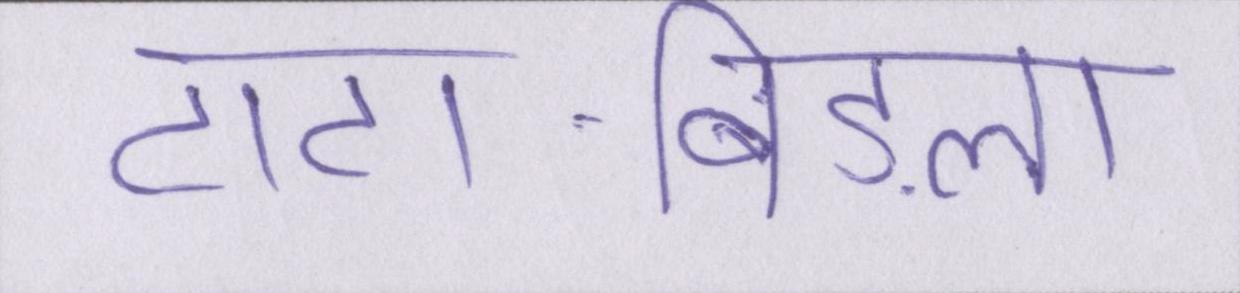
टाटा-बिड़ला